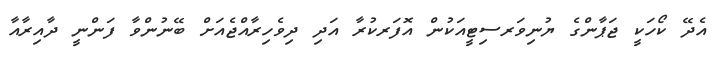
އެދޭ ކޯހަކީ ޖަޕާންގެ ޔުނިވަރސިޓީއަކުން އޮފަރކުރާ އަދި ދިވެހިރާއްޖެއަށް ބޭނުންވާ ފަންނީ ދާއިރާއާ